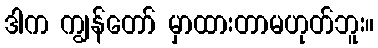
ဒါက ကျွန်တော် မှာထားတာမဟုတ်ဘူး။